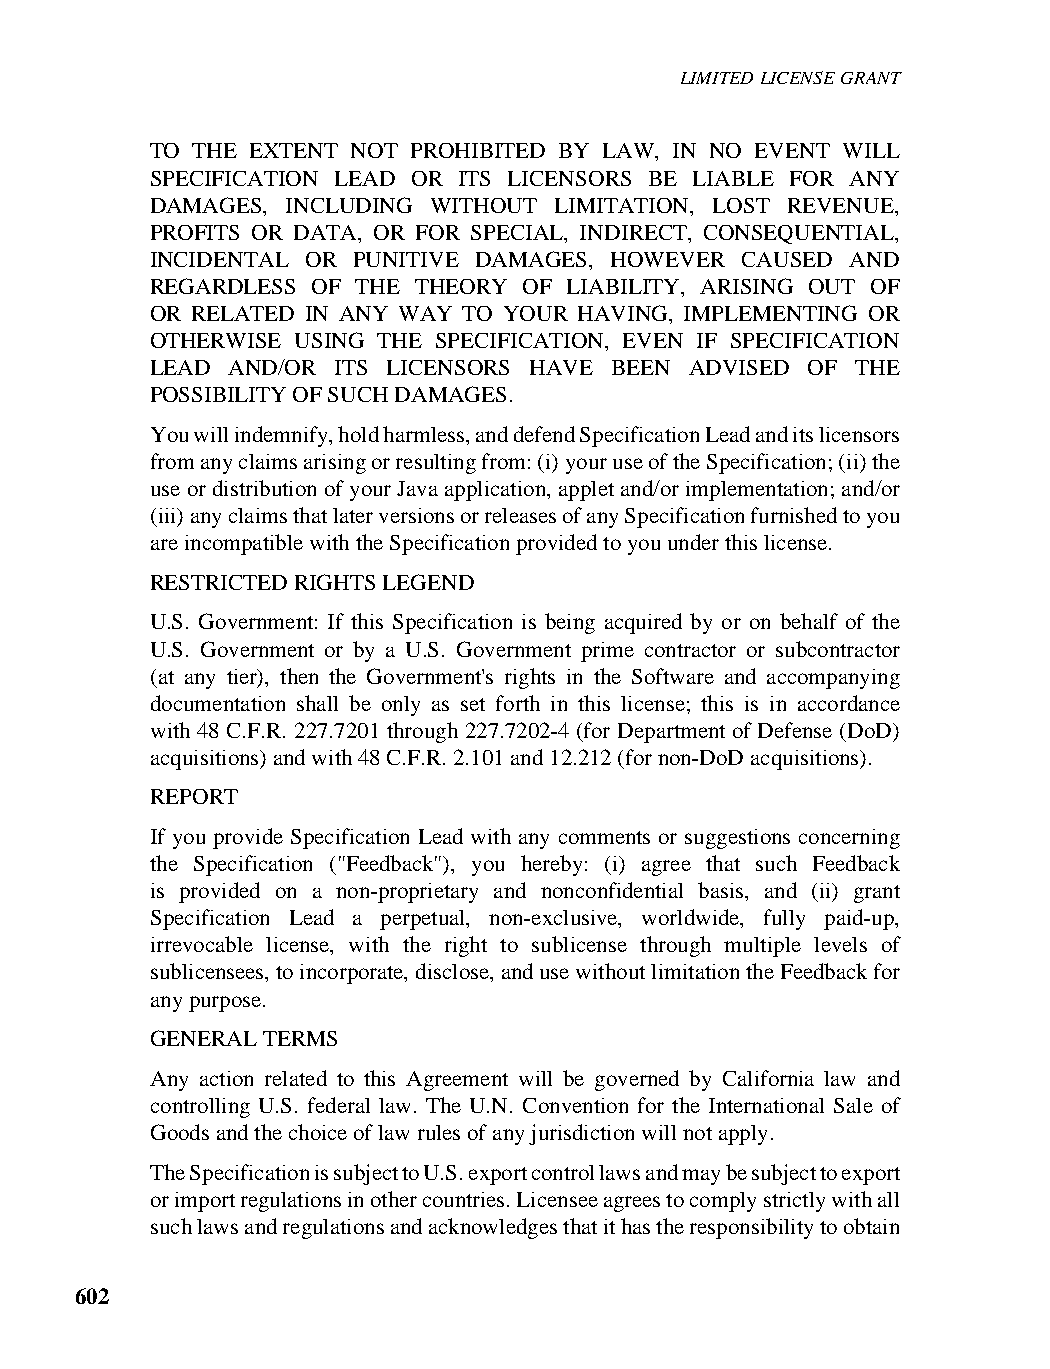
LIMITED LICENSE GRANT
 TO THE EXTENT NOT PROHIBITED BY LAW, IN NO EVENT WILL
 SPECIFICATION LEAD OR ITS LICENSORS BE LIABLE FOR ANY
 DAMAGES, INCLUDING WITHOUT LIMITATION, LOST REVENUE,
 PROFITS OR DATA, OR FOR SPECIAL, INDIRECT, CONSEQUENTIAL,
 INCIDENTAL OR PUNITIVE DAMAGES, HOWEVER CAUSED AND
 REGARDLESS OF THE THEORY OF LIABILITY, ARISING OUT OF
 OR RELATED IN ANY WAY TO YOUR HAVING, IMPLEMENTING OR
 OTHERWISE USING THE SPECIFICATION, EVEN IF SPECIFICATION
 LEAD AND/OR ITS LICENSORS HAVE BEEN ADVISED OF THE
 POSSIBILITY OF SUCH DAMAGES.
 You will indemnify, hold harmless, and defend Specification Lead and its licensors
 from any claims arising or resulting from: (i) your use of the Specification; (ii) the
 use or distribution of your Java application, applet and/or implementation; and/or
 (iii) any claims that later versions or releases of any Specification furnished to you
 are incompatible with the Specification provided to you under this license.
 RESTRICTED RIGHTS LEGEND
 U.S. Government: If this Specification is being acquired by or on behalf of the
 U.S. Government or by a U.S. Government prime contractor or subcontractor
 (at any tier), then the Government's rights in the Software and accompanying
 documentation shall be only as set forth in this license; this is in accordance
 with 48 C.F.R. 227.7201 through 227.7202-4 (for Department of Defense (DoD)
 acquisitions) and with 48 C.F.R. 2.101 and 12.212 (for non-DoD acquisitions).
 REPORT
 If you provide Specification Lead with any comments or suggestions concerning
 the Specification ("Feedback"), you hereby: (i) agree that such Feedback
 is provided on a non-proprietary and nonconfidential basis, and (ii) grant
 Specification Lead a perpetual, non-exclusive, worldwide, fully paid-up,
 irrevocable license, with the right to sublicense through multiple levels of
 sublicensees, to incorporate, disclose, and use without limitation the Feedback for
 any purpose.
 GENERAL TERMS
 Any action related to this Agreement will be governed by California law and
 controlling U.S. federal law. The U.N. Convention for the International Sale of
 Goods and the choice of law rules of any jurisdiction will not apply.
 The Specification is subject to U.S. export control laws and may be subject to export
 or import regulations in other countries. Licensee agrees to comply strictly with all
 such laws and regulations and acknowledges that it has the responsibility to obtain
 602